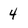
Character: 4